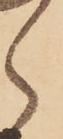
ら